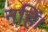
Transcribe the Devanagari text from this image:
नहिं।